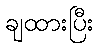
ချထားပြီး